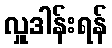
လှူဒါန်းရန်